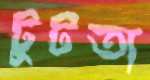
টুটতা